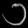
Digit: ၁